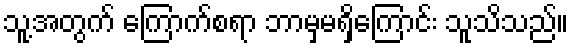
သူ့အတွက် ကြောက်စရာ ဘာမှမရှိကြောင်း သူသိသည်။